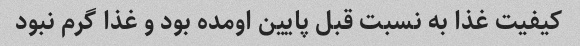
کیفیت غذا به نسبت قبل پایین اومده بود و غذا گرم نبود